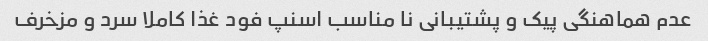
عدم هماهنگی پیک و پشتیبانی نا مناسب اسنپ فود غذا کاملا سرد و مزخرف